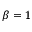
\beta = 1